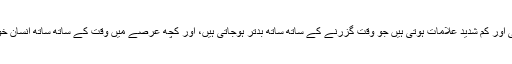
کچھ لوگوں میں اس بیماری کی ہلکی اور کم شدید علامات ہوتی ہیں جو وقت گزرنے کے ساتھ ساتھ بدتر ہوجاتی ہیں، اور کچھ عرصے میں وقت کے ساتھ ساتھ انسان خود کو بہتر محسوس کرنے لگتا ہے۔